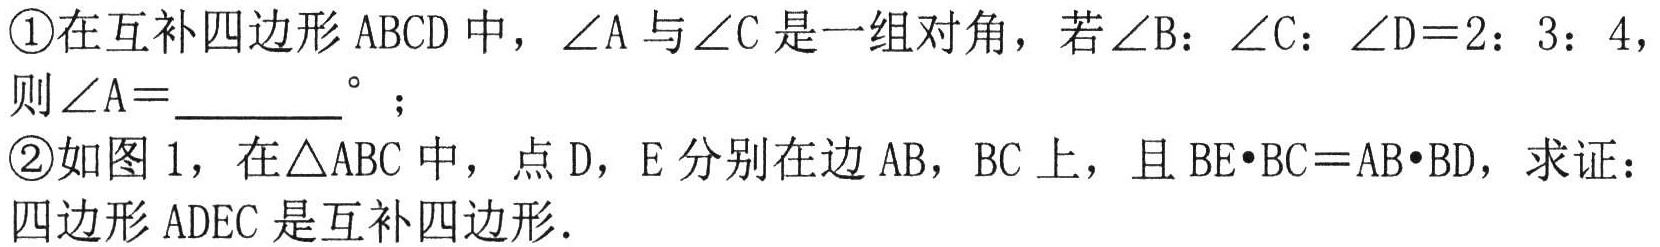
\textcircled{1}在互补四边形\(ABCD\)中，\(\angle A\)与\(\angle C\)是一组对角，若\(\angle B:\angle C:\angle D = 2:3:4\)，则\(\angle A=\underline{\ \ \ \ \ \ \ }^{\circ}\)；
\textcircled{2}如图\(1\)，在\(\triangle ABC\)中，点\(D\)，\(E\)分别在边\(AB\)，\(BC\)上，且\(BE\cdot BC = AB\cdot BD\)，求证：四边形\(ADEC\)是互补四边形.